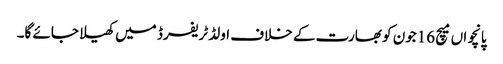
پانچواں میچ 16جون کو بھارت کے خلاف اولڈ ٹریفرڈ میں کھیلا جائے گا۔